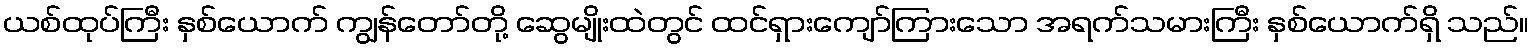
ယစ်ထုပ်ကြီး နှစ်ယောက် ကျွန်တော်တို့ ဆွေမျိုးထဲတွင် ထင်ရှားကျော်ကြားသော အရက်သမားကြီး နှစ်ယောက်ရှိ သည်။